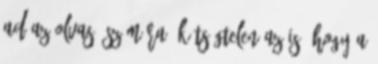
ad az olvasó számára. Kétségtelen az is, hogy a